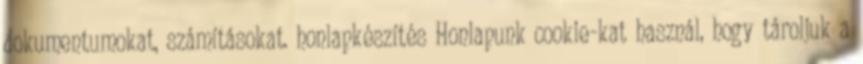
dokumentumokat, számításokat. honlapkészítés Honlapunk cookie-kat használ, hogy tároljuk a